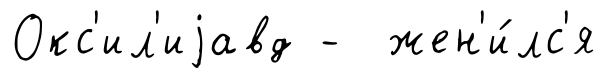
Окс'ил'иjавд - жен'и́лс'я